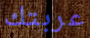
عربتك